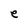
Character: e